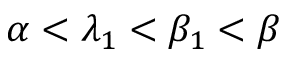
\alpha < \lambda _ { 1 } < \beta _ { 1 } < \beta